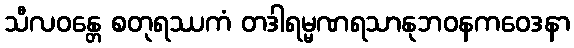
သီလဝန္တေ စတုရဿကံ တဒါရမ္မဏရသာနုဘဝနကဝေဒနာ